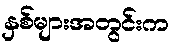
နှစ်များအတွင်းက